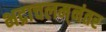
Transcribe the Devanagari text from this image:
भद्राचलम्‌नंतर